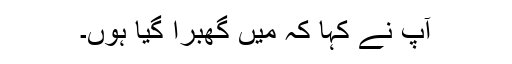
آپ نے کہا کہ میں گھبرا گیا ہوں۔